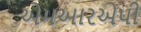
એમઆરએપી